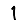
Digit: 1